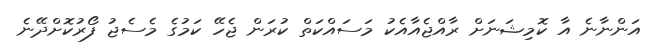
އަންނާނެ އާ ކޮމިޝަނަށް ރާއްޖެއާއެކު މަސައްކަތް ކުރަން ޖެހޭ ކަމުގެ މެސެޖު ފޯރުކޮށްދޭނެ